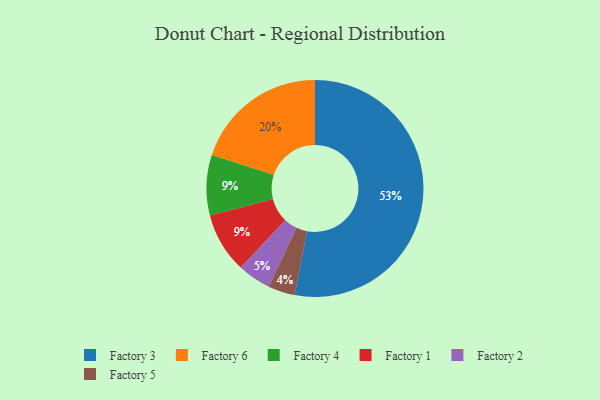
{"axis": {"x": "Category", "y": "Percentage"}, "legend": ["Factory 1", "Factory 2", "Factory 3", "Factory 4", "Factory 5", "Factory 6"], "data": [{"x": "Factory 3", "y": 53, "type": "Factory 3"}, {"x": "Factory 5", "y": 4, "type": "Factory 5"}, {"x": "Factory 4", "y": 9, "type": "Factory 4"}, {"x": "Factory 2", "y": 5, "type": "Factory 2"}, {"x": "Factory 1", "y": 9, "type": "Factory 1"}, {"x": "Factory 6", "y": 20, "type": "Factory 6"}]}